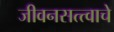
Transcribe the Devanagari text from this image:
जीवनसत्त्वाचे